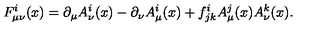
F _ { \mu \nu } ^ { i } ( x ) = \partial _ { \mu } A _ { \nu } ^ { i } ( x ) - \partial _ { \nu } A _ { \mu } ^ { i } ( x ) + f _ { j k } ^ { i } A _ { \mu } ^ { j } ( x ) A _ { \nu } ^ { k } ( x ) .